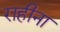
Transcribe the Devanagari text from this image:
राहीना